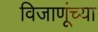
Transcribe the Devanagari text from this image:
विजाणूंच्या